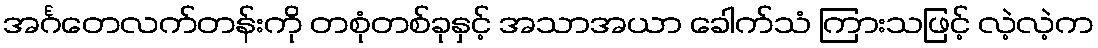
အင်္ဂတေလက်တန်းကို တစုံတစ်ခုနှင့် အသာအယာ ခေါက်သံ ကြားသဖြင့် လဲ့လဲ့က